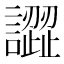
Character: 譅